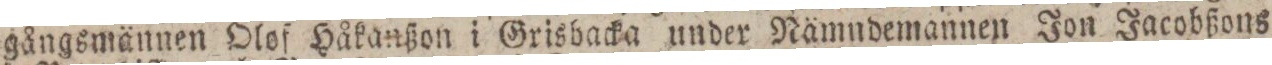
gångsmännen Olof Håkanßon i Grisbacka under Nämndemannen Jon Jacobßons